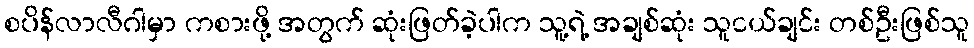
စပိန်လာလီဂါမှာ ကစားဖို့ အတွက် ဆုံးဖြတ်ခဲ့ပါက သူ့ရဲ့ အချစ်ဆုံး သူငယ်ချင်း တစ်ဦးဖြစ်သူ